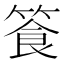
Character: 篒